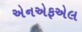
એનએફએલ